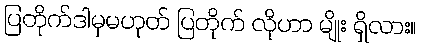
ပြတိုက်ဒါမှမဟုတ် ပြတိုက် လိုဟာ မျိုး ရှိလား။